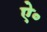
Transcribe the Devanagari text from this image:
ऐ॰